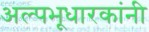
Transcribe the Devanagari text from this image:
अल्पभूधारकांनी